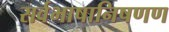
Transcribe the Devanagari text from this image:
सर्वभाषानिषणण